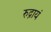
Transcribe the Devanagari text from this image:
रुद्रायं